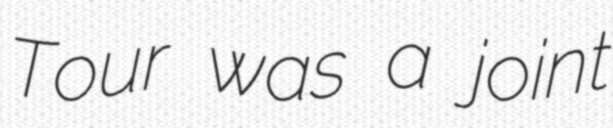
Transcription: Tour was a joint